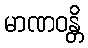
မာဏဝန္တိ